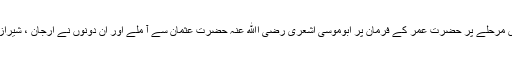
بلاذری کے کہنے کے مطابق اس مرحلے پر حضرت عمر کے فرمان پر ابوموسیٰ اشعری رضی اﷲ عنہ حضرت عثمان سے آ ملے اور ان دونوں نے ارّجان ، شیراز اور سینیر کے مقامات فتح کیے۔